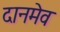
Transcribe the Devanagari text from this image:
दानमेव